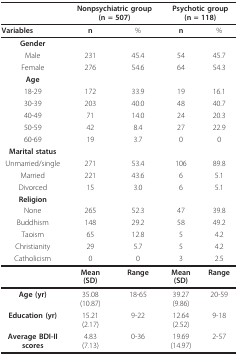
|  | <COLSPAN=2> Nonpsychiatric group(n = 507) | <COLSPAN=2> Psychotic group(n = 118) |
 | --- | --- | --- | --- | --- |
 | Variables | n | % | n | % |
 | Gender |  |  |  |  |
 | Male | 231 | 45.4 | 54 | 45.7 |
 | Female | 276 | 54.6 | 64 | 54.3 |
 | Age |  |  |  |  |
 | 18-29 | 172 | 33.9 | 19 | 16.1 |
 | 30-39 | 203 | 40.0 | 48 | 40.7 |
 | 40-49 | 71 | 14.0 | 24 | 20.3 |
 | 50-59 | 42 | 8.4 | 27 | 22.9 |
 | 60-69 | 19 | 3.7 | 0 | 0 |
 | Marital status |  |  |  |  |
 | Unmarried/single | 271 | 53.4 | 106 | 89.8 |
 | Married | 221 | 43.6 | 6 | 5.1 |
 | Divorced | 15 | 3.0 | 6 | 5.1 |
 | Religion |  |  |  |  |
 | None | 265 | 52.3 | 47 | 39.8 |
 | Buddhism | 148 | 29.2 | 58 | 49.2 |
 | Taoism | 65 | 12.8 | 5 | 4.2 |
 | Christianity | 29 | 5.7 | 5 | 4.2 |
 | Catholicism | 0 | 0 | 3 | 2.5 |
 |  | Mean(SD) | Range | Mean(SD) | Range |
 | Age (yr) | 35.08(10.87) | 18-65 | 39.27(9.86) | 20-59 |
 | Education (yr) | 15.21(2.17) | 9-22 | 12.64(2.52) | 9-18 |
 | Average BDI-IIscores | 4.83(7.13) | 0-36 | 19.69(14.97) | 2-57 |